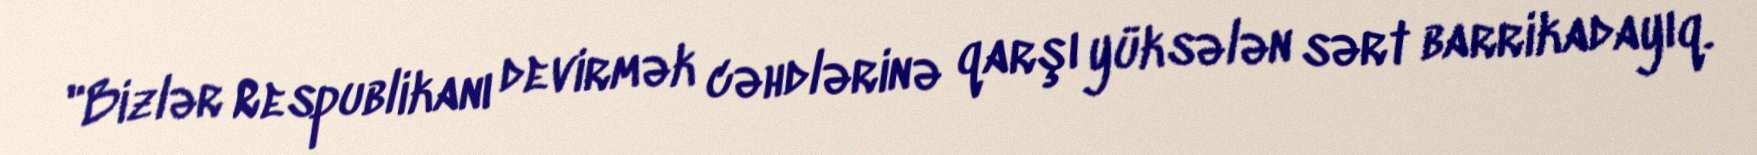
"Bizlər Respublikanı devirmək cəhdlərinə qarşı yüksələn sərt barrikadayıq.